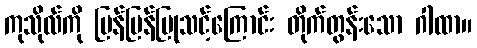
ကုသိုလ်ကို မြန်မြန်ပြုသင့်ကြောင်း တိုက်တွန်းသော ဂါထာ။